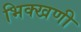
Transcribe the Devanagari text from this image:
भिक्खणी